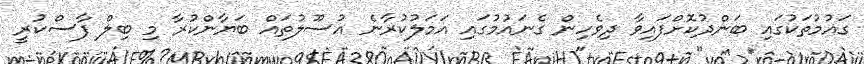
ގައުމުތަކުގައި ބަންދުކޮށްފައިވާ ދިވެހިން ގެނައުމުގައި އަމަލުކުރާނެ އުސޫލުތައް ބަޔާންކުރާ މި ބިލް ފާސްކުރީ